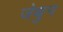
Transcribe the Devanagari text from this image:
जेथुन